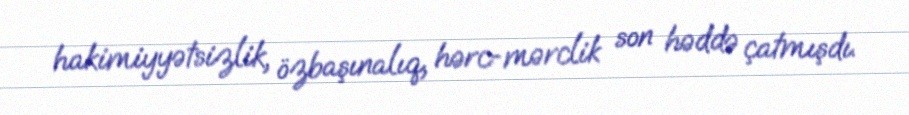
hakimiyyətsizlik, özbaşınalıq, hərc-mərclik son həddə çatmışdı.